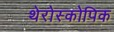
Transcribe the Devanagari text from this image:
थेरोस्कोपिक